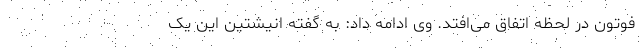
فوتون در لحظه اتفاق می‌افتد. وی ادامه داد: به گفته انیشتین این یک